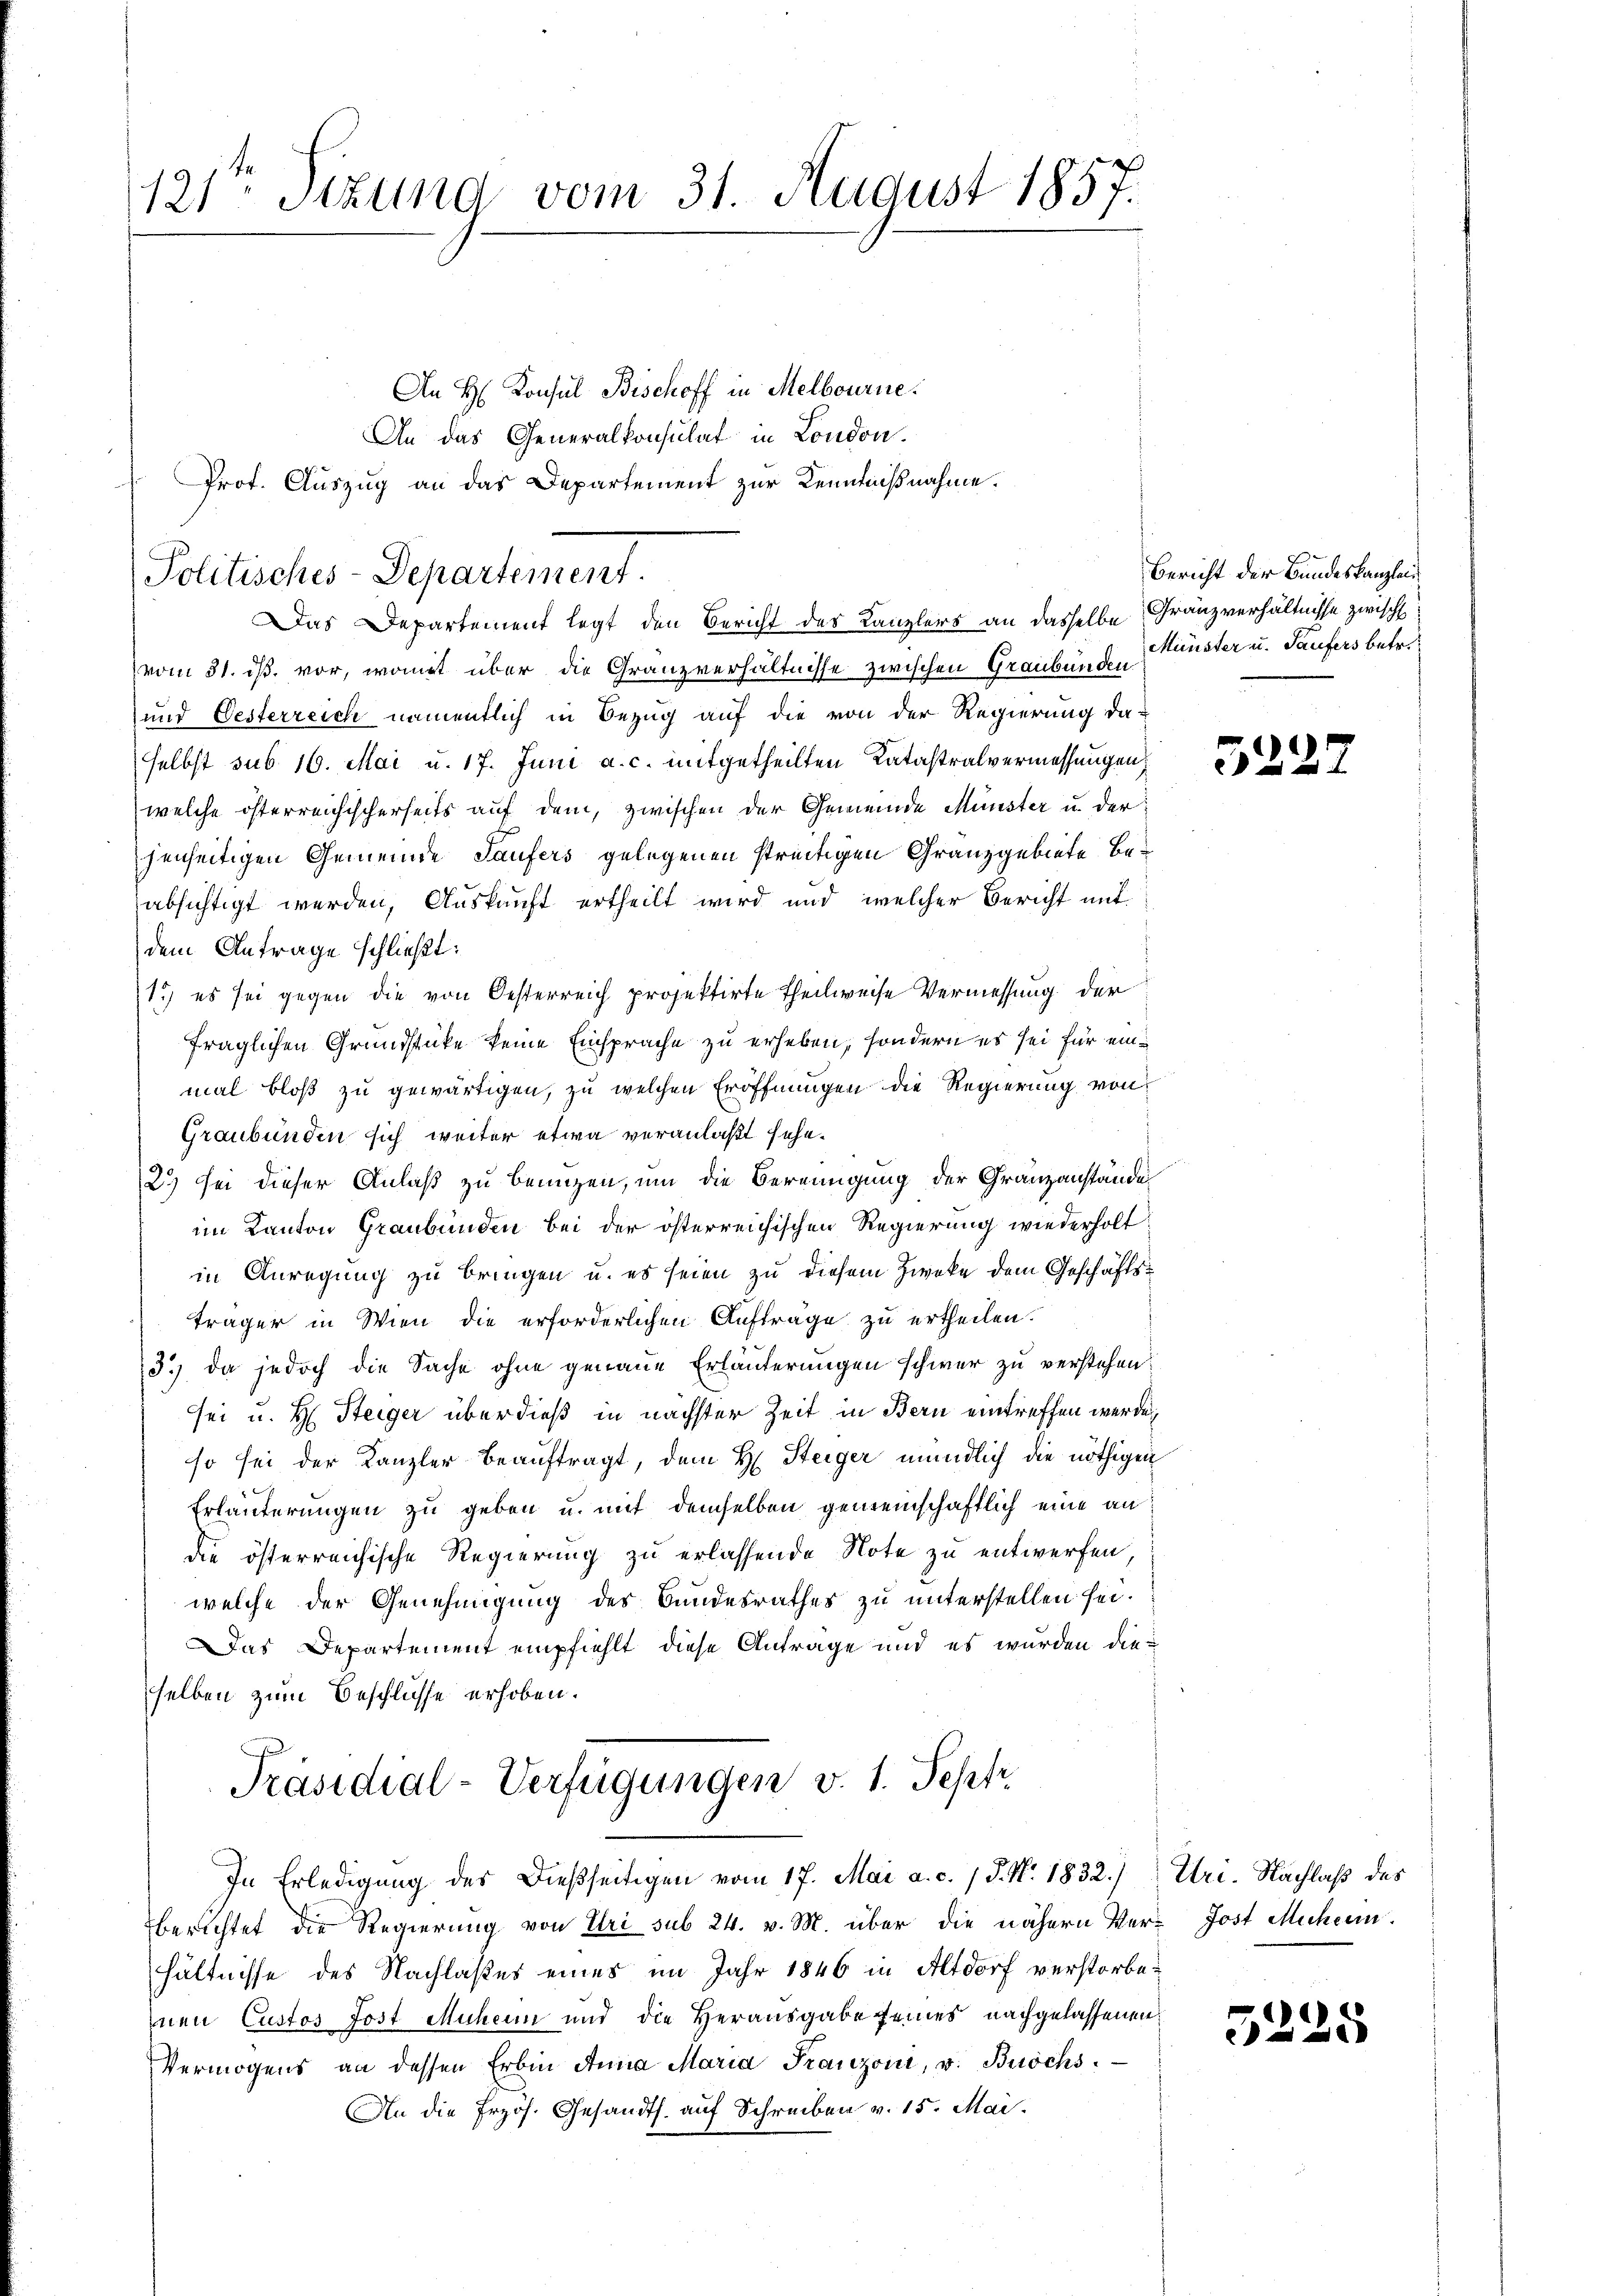
121. Sitzung vom 31. August 1857.

An H. Konsul Bischoff in Melbourne.
An das Generalkonsulat in London.
Das Departement legt den Bericht des Kanzlers an dasselbe Franzverhältnisse zwisch
vom 31. ist. vor, womit über die Granzverhältnisse zwischen Graubünden.
und Besterreich namentlich in Bezug auf die von der Regierung daselbst sub. 16. Mai u. 17. Juni a. c. mitgetheilten Katastralvermessungen
(welche österreichischerseits auf dem, zwischen der Gemeinde Münster u. der
henseitigen Gemeinde Saufers gelegenen streitigen Granzgebiete beabsichtigt werden, Auskauft ertheilt wird und welcher Bericht mit
dem Antrage schließt:
1.) es sei gegen die von Oesterreich projektirte Theilweise Vermessung der
fraglichen Grundstüke keine Einsprache zu erheben, sondern es sei für einmal bloß zu gewärtigen, zu welchen Eröffnungen die Regierung von
Graubünden sich weiter etwa veranlaßt sehe.
2.) Sei dieser Anlaß zu benuzen, um die Bereinigung der Granzanstände
im Kanton Graubünden bei der österreichischen Regierung wiederholt
in Anregung zu bringen u. es seien zu diesem Zwecke dem Geschäftsträger in Wien die erforderlichen Aufträge zu ertheilen.
3.) Da jedoch die Sache ohne genaue Erläuterungen schwer zu verstehen:
sei u. H. Steiger überdieß in nächster Zeit in Bern eintreffen werde
so sei der Kanzler beauftragt, dem H. Steiger mündlich die nöthigen
Erläuterungen zu geben u. mit demselben gemeinschaftlich eine an
die österreichische Regierung zu erlassende Note zu entwerfen,
welche der Genehmigung des Bundesrathes zu unterstellen sei.
Das Departement empfiehlt diese Antrage und es wurden dieselben zum Beschlüsse erhoben.
Präsidial-Verfügungen v. 1. Sept.
In Erledigung des Dießseitigen vom 17. Mai a. c. 1 d. M. 1832.) Uri. Nachlaß des
berichtet die Regierung von Uri sub 24. v. M. über die nähern Ver- Jost Michen.
hältnisse des Nachlaßes eines im Jahr 1846 in Altdorf verstorbenen Custos Jost Muhein und die Herausgabe feines nachgelassenen
Vermögens an dessen Erbin Anna Maria Franzoni, v. Buöchs
An die Erzöh. Gesandts. auf Schreiben v. 15. Mai.

Prof. Auszug an das Departement zur Kenntnißnahme.
Politisches-Departement.

Bericht der Bundeskanzlei
Münster u. Saufers betr.

55

d

5225